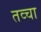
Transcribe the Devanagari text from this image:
तव्चा